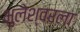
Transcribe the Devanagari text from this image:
भुलेश्वरला